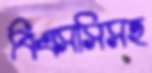
বিএসসিসহ